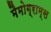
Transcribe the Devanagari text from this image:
मैमोग्राम्स